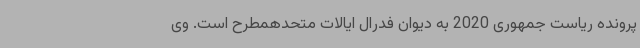
پرونده ریاست جمهوری 2020 به دیوان فدرال ایالات متحدهمطرح است. وی